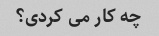
چه کار می کردی؟